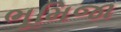
ભૂમિજા